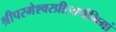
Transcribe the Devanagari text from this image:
श्रीपरमेश्वरप्रीत्यर्थमिमां